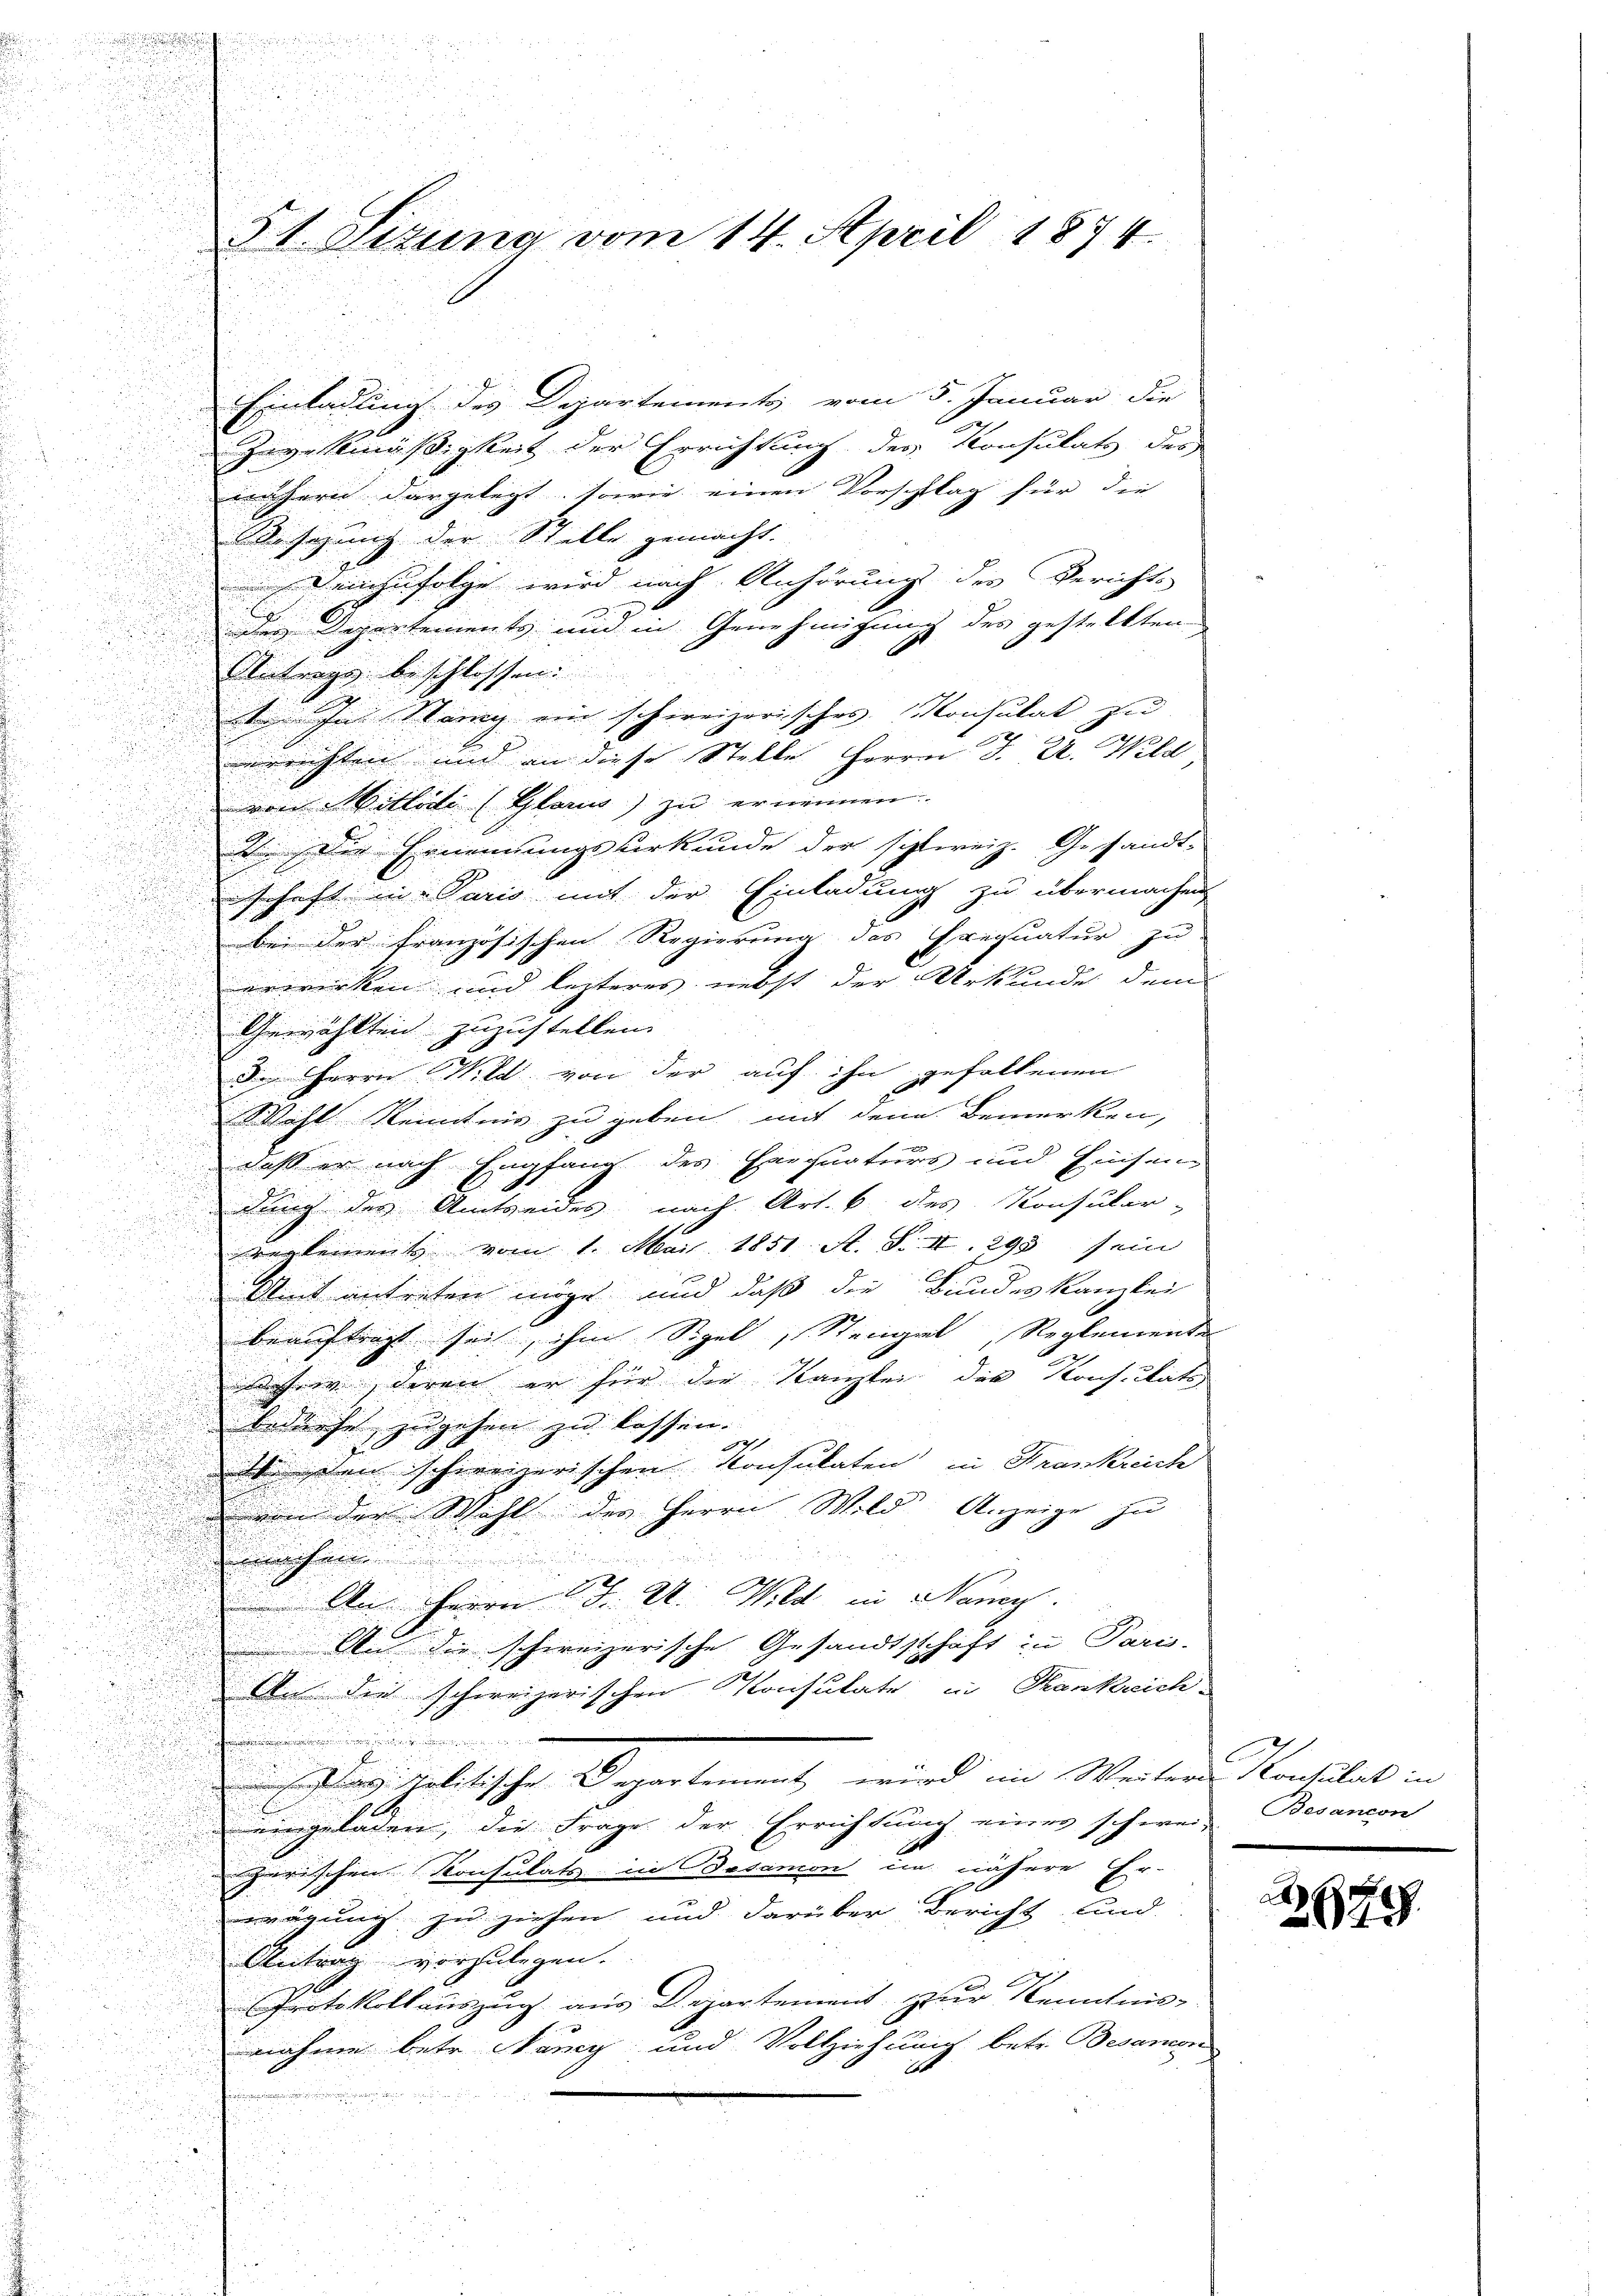
31 Stuna vom 14. April 1874.

Einladling des Departements, vom 5. Januar die
Zwekmäßigkeit der Errichtung der Konsulats des
unsern dargelegt, sowie einen Vorschlag für die
Besezung der Stelle gemacht.
demzufolge wird nach Anhörung des Berichts
n
des Departements und in Genehmigung des gestellten
Antrags beschlossen.
u

 In Stang ein schweizerisches Konsulat zu

errichten und an diese Stelle Herrn J. U. Wild

von Mitlade (Glarus) zu ernennen.
D. Die Ernennungsurkunde der schweiz. Gesandt-
schaft in Paris mit der Einladung zu übermachen
bei der französischen Regierung des Exequatur zu
erwirken und lezteres nebst der Urkunde dem
d
¬
Gewählten zuzustellen.

n
u
den Herrn Wild von der auf ihn gefallenen

Wohl Kenntnis zu geben mit den Bemerken,

h

daß er nach Empfang des Ererquaturs und Einsam

dung des Amtseides nach Art. 6 des Konsular-

reglements vom 1. Mai 1851. A. S. XI. 295 sein
.
Amt antreten möge, und daß die Bundeskanzlei
beauftragt seit, ihm Spel, Steigel, Reglemente
dahin, deren er für die Kanzlei der Kons. Rats
bedürfe, zugehen zu lassen.
Wenden schweizerischen Konsulaten in Krankreich
von der Wahl des Herrn Wild Anzeige zu
he
An Herrn J. A. Wild in Nancy.
An die schweizerische Gesandtschaft zu Pari-
Aus die schweizerischen Konsulate in Krankreich-
.
in ganz Molitische Departement, wird im Weitern Konsultat in
b
eingeladen, die Frage der Errichtung eines schweiz Besancon
zerischen Konsulats in Besamon im nähere Er-
u
wägung zu ziehen und darüber Bericht und
Antrag vorzulegen.
Protokollauszug aus Departement zur Kenntnis-
nahme betr. Rang und Vollziehung betr. Besamen
.

699.